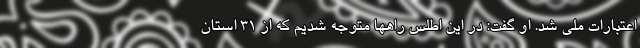
اعتبارات ملی شد. او گفت: در این اطلس راهها متوجه شدیم که از ۳۱ استان